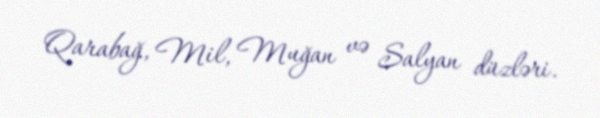
Qarabağ, Mil, Muğan və Salyan düzləri.